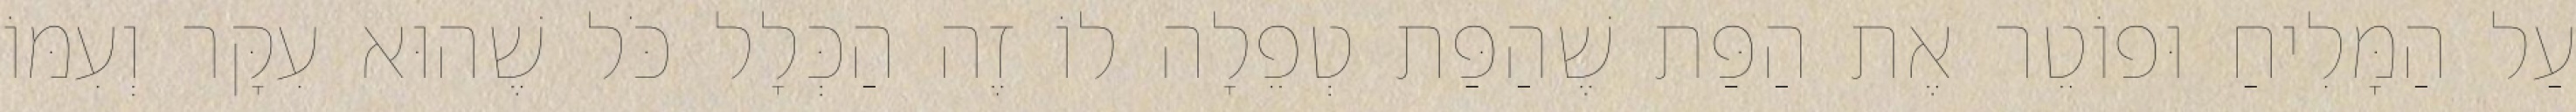
עַל הַמָּלִיחַ וּפוֹטֵר אֶת הַפַּת שֶׁהַפַּת טְפֵלָה לוֹ זֶה הַכְּלָל כֹּל שֶׁהוּא עִקָּר וְעִמּוֹ